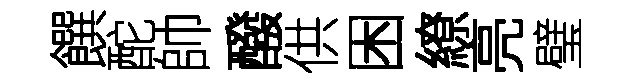
饌酡帥醱供困繚亮璧